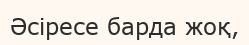
Әсіресе барда жоқ,